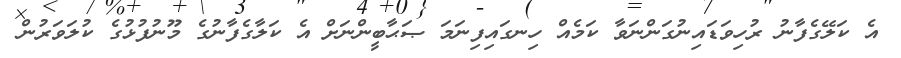
އެ ކަލޭގެފާނު ރުހިވަޑައިނުގަންނަވާ ކަމެއް ހިނގައިފިނަމަ ޞަޙާބީންނަށް އެ ކަލާގެފާނުގެ މޫނުފުޅުގެ ކުލަވަރުން